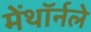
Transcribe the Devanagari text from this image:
मेंथॉर्नले